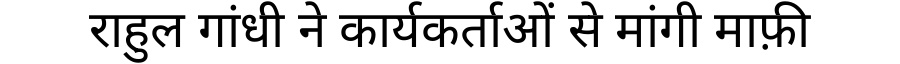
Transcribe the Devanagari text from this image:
राहुल गांधी ने कार्यकर्ताओं से मांगी माफ़ी